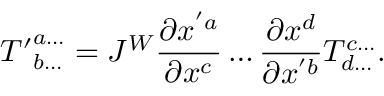
{ T ^ { \prime } } _ { b \dots } ^ { a \dots } = J ^ { W } { \frac { \partial x ^ { ' a } } { \partial x ^ { c } } } \dots { \frac { \partial x ^ { d } } { \partial x ^ { ' b } } } T _ { d \dots } ^ { c \dots } .